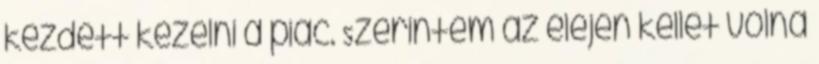
kezdett kezelni a piac. Szerintem az elején kellet volna